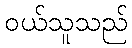
ဝယ်သူသည်